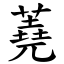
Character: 蕘